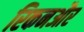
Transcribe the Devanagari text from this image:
रिकनऔर